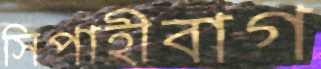
সিপাহীবাগ